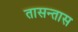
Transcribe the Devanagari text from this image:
तासन्तास